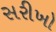
સરીખો